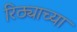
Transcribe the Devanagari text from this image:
रिठ्याच्या